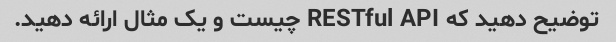
توضیح دهید که RESTful API چیست و یک مثال ارائه دهید.